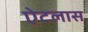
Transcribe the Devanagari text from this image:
ऐटलास